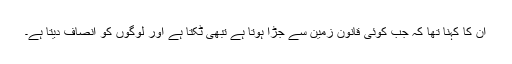
ان کا کہنا تھا کہ جب کوئی قانون زمین سے جڑا ہوتا ہے تبھی ٹکتا ہے اور لوگوں کو انصاف دیتا ہے۔